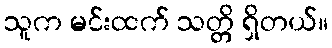
သူက မင်းထက် သတ္တိ ရှိတယ်။